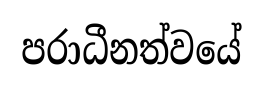
පරාධීනත්වයේ